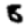
Digit: 8